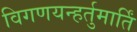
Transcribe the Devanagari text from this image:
विगणयन्हर्तुमार्तिं